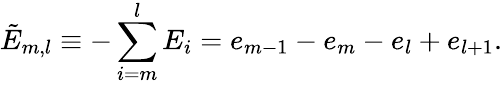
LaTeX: \tilde{E}_{m,l}\equiv-\sum_{i=m}^{l}E_{i}=e_{m-1}-e_{m}-e_{l}+e_{l+1}.